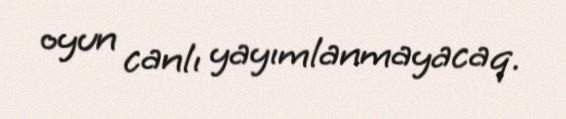
oyun canlı yayımlanmayacaq.